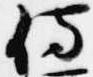
侍